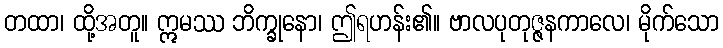
တထာ၊ ထို့အတူ။ ဣမဿ ဘိက္ခုနော၊ ဤရဟန်း၏။ ဗာလပုတုဇ္ဇနကာလေ၊ မိုက်သော